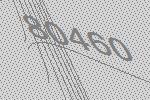
80460